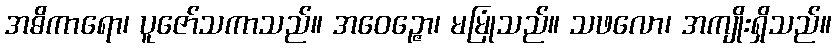
အဓိကာရော၊ ပူဇော်သကာသည်။ အဝေဉ္ဇော၊ မမြုံသည်။ သဖလော၊ အကျိုးရှိသည်။